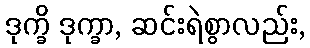
ဒုက္ခိ ဒုက္ခာ, ဆင်းရဲစွာလည်း,